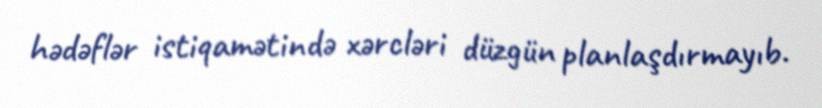
hədəflər istiqamətində xərcləri düzgün planlaşdırmayıb.